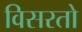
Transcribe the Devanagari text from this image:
विसरतो